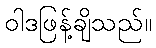
ဝါဒဖြန့်ချိသည်။